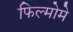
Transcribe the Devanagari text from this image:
फिल्मोमे